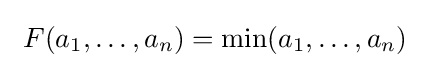
\ F(a_{1},\ldots ,a_{n})=\min(a_{1},\ldots ,a_{n})